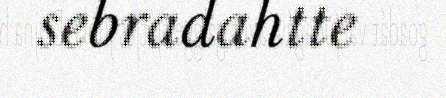
sebradahtte